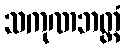
သကုဏဘတ္တံ